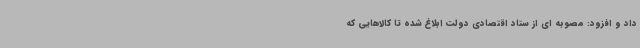
داد و افزود: مصوبه ای از ستاد اقتصادی دولت ابلاغ شده تا کالاهایی که